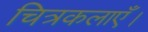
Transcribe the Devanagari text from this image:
चित्रकलाएँ।